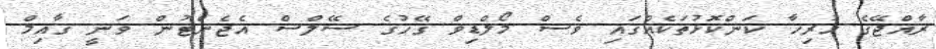
ރާއްޖޭގެ ހުރިހާ ކަންކޮޅުތަކެއްގައި ވެސް މޯލްޑިވް ގޭހުގެ ސޭލްސް އެޖެންޓުން ވަނީ ޤާއިމް